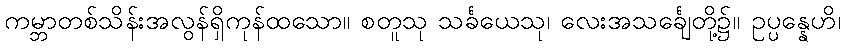
ကမ္ဘာတစ်သိန်းအလွန်ရှိကုန်ထသော။ စတူသု သင်္ခယေသု၊ လေးအသင်္ချေတို့၌။ ဥပ္ပန္နေဟိ၊